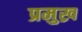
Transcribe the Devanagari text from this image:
प्रमुख्र